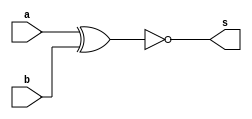
// Exemplo0027 - COMPARADOR
// Nome: Julio Machado


module equals(output s, input a, input b);

	xnor XNOR1(s,a,b);

endmodule //equals

module Comparator(output s, input [0:5]a, input [0:5]b, input key);

	wire [0:5]s0;
	wire s1;

	equals E1(s0[5],a[5],b[5]);
	equals E2(s0[4],a[4],b[4]);
	equals E3(s0[3],a[3],b[3]);
	equals E4(s0[2],a[2],b[2]);
	equals E5(s0[1],a[1],b[1]);
	equals E6(s0[0],a[0],b[0]);
	and AND1(s1,s0[0],s0[1],s0[2],s0[3],s0[4],s0[5]);
	xor XOR1(s,s1,key);

endmodule //Comparator


//------------------
module testComparator;

reg [0:5]a = 6'b000000;
reg [0:5]b = 6'b000000;
reg key = 1'b0;
wire s;

Comparator C1(s,a,b,key);
	

initial
	begin
	
	$display ("Exemplo0027 - Julio Machado -435666");
	$display ("COMPARADOR");
		
	#1 $display ("%b: \t%b == %b = %b",key,a,b,s);
		a = 6'b110010;	b = 6'b010100;
	#1 $display ("%b: \t%b == %b = %b",key,a,b,s);
		b = 6'b110110; key = 1'b1;
	#1 $display ("%b: \t%b != %b = %b",key,a,b,s);
		a = 6'b011111;	b = 6'b111000;
	#1 $display ("%b: \t%b != %b = %b",key,a,b,s);
	
	end

endmodule //testComparator